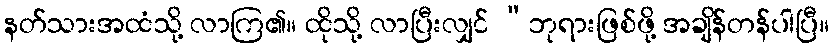
နတ်သားအထံသို့ လာကြ၏။ ထိုသို့ လာပြီးလျှင် “ဘုရားဖြစ်ဖို့ အချိန်တန်ပါပြီ။